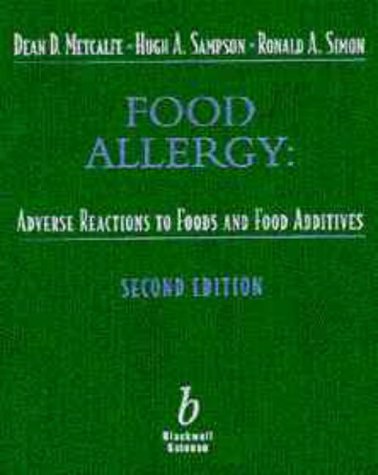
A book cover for Food Allergy: Adverse Reactions to Foods and Food Additives; Dean D. Metcalfe; Health, Fitness & Dieting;